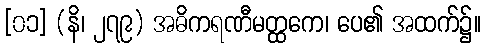
[၀၁] (နိ၊ ၂၇၉) အဓိကရဏီမတ္ထကေ၊ ပေ၏ အထက်၌။